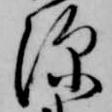
深